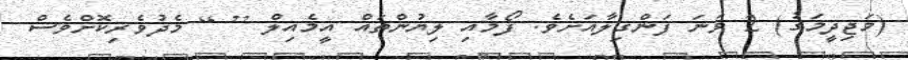
(މަޖިދީމަގު) 2 ވަނަ ފަންގިލާއަށެވެ. ފޯމާއި ލިޔުންތައް އީމެއިލް [ ] މެދުވެރިކޮށްވެސް